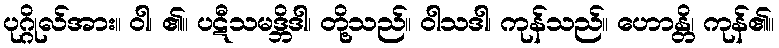
ပုဂ္ဂိုလ်အား။ ဝါ၊ ၏။ ပဋီသမဒ္ဘိဒါ၊ တို့သည်။ ဝါသဒါ၊ ကုန်သည်။ ဟောန္တိ၊ ကုန်၏။